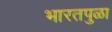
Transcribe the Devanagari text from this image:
भारतपुळा